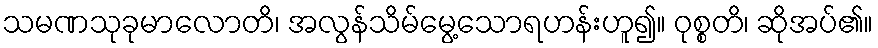
သမဏသုခုမာလောတိ၊ အလွန်သိမ်မွေ့သောရဟန်းဟူ၍။ ဝုစ္စတိ၊ ဆိုအပ်၏။